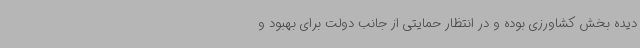
دیده بخش کشاورزی بوده و در انتظار حمایتی از جانب دولت برای بهبود و